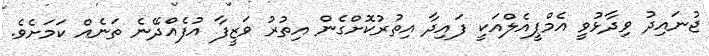
ޖުނައިދު ވިދާޅުވީ އެމްޕީއެލްއަކީ ފައިދާ އިތުރުކޮށްގެން އިތުރު ވަޒީފާ އުފެއްދޭނެ ތަނެއް ކަމަށެވެ.